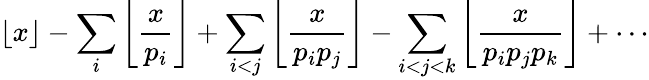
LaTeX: \lfloor x\rfloor-\sum_{i}\left\lfloor{\frac{x}{p_{i}}}\right\rfloor+\sum_{i<j}\left\lfloor{\frac{x}{p_{i}p_{j}}}\right\rfloor-\sum_{i<j<k}\left\lfloor{\frac{x}{p_{i}p_{j}p_{k}}}\right\rfloor+\cdots